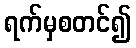
ရက်မှစတင်၍